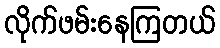
လိုက်ဖမ်းနေကြတယ်